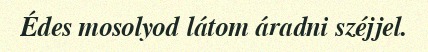
Édes mosolyod látom áradni széjjel.